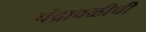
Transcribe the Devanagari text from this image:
चंद्रावळीची